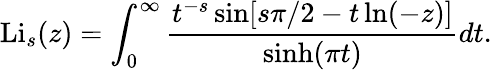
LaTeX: \operatorname{Li}_{s}(z)=\int_{0}^{\infty}{\frac{t^{-s}\sin[s\pi/2-t\ln(-z)]}{\sinh(\pi t)}}dt.